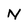
Character: N